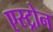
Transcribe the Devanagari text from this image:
एस्ट्रोन